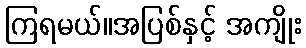
ကြရမယ်။အပြစ်နှင့် အကျိုး